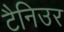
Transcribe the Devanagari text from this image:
टैनिउर